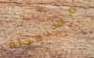
مستعجلة